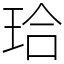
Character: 珨